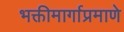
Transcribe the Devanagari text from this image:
भक्तीमार्गाप्रमाणे